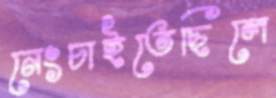
নেংচাইতেছিলে